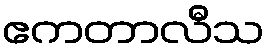
ဧကတာလီသ